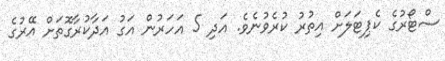
ސްޓޯރުގެ ކެޕިޓަލަށް އިތުރު ކުރެވުނެވެ. އަދި 5 އަހަރުން އަގު އަދާކުރާގޮތަށް އޭރުގެ